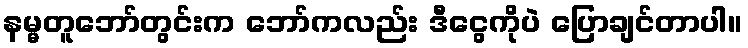
နမ္မတူဘော်တွင်းက ဘော်ကလည်း ဒီငွေကိုပဲ ပြောချင်တာပါ။